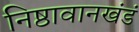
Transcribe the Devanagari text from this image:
निष्ठावानखंडं